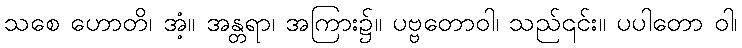
သစေ ဟောတိ၊ အံ့။ အန္တရာ၊ အကြား၌။ ပဗ္ဗတောဝါ၊ သည်၎င်း။ ပပါတော ဝါ၊